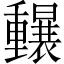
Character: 𲇄